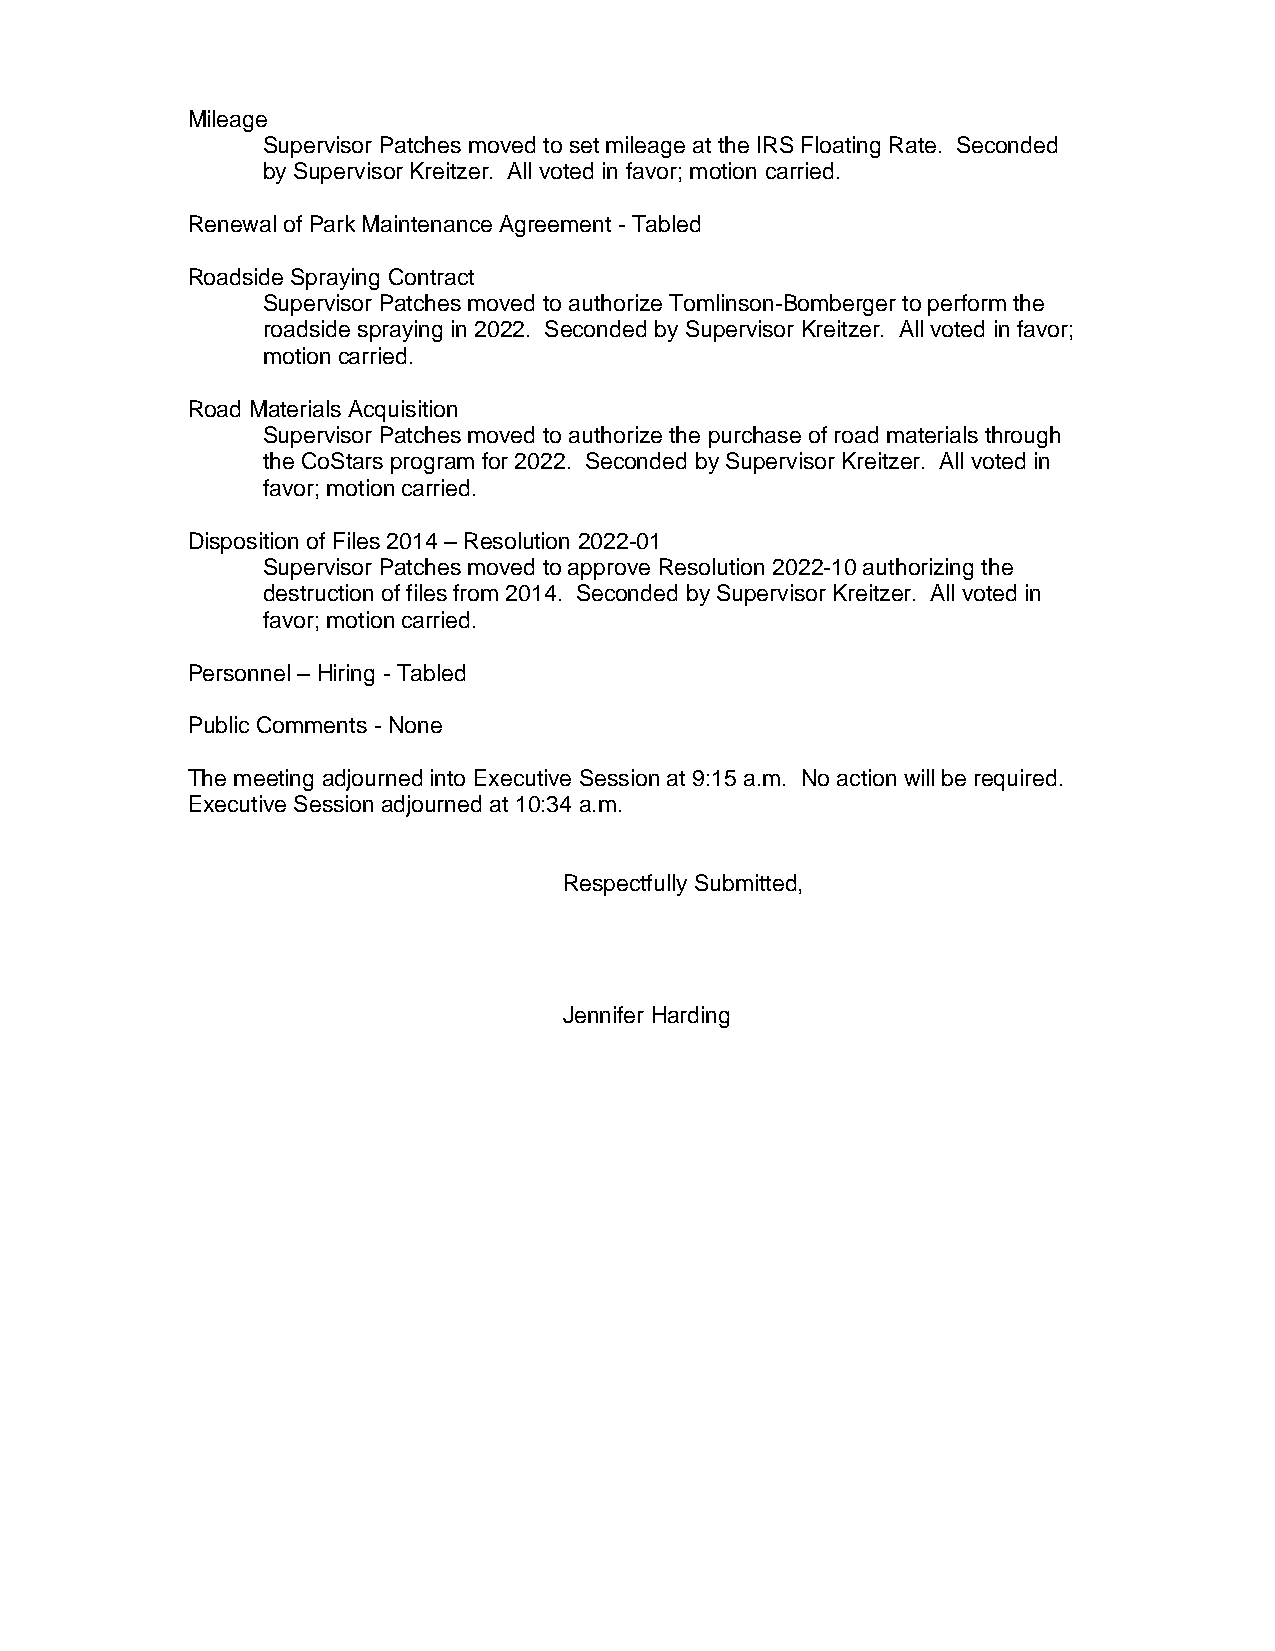
Mileage
 Supervisor Patches moved to set mileage at the IRS Floating Rate. Seconded
 by Supervisor Kreitzer. All voted in favor; motion carried.
 Renewal of Park Maintenance Agreement - Tabled
 Roadside Spraying Contract
 Supervisor Patches moved to authorize Tomlinson-Bomberger to perform the
 roadside spraying in 2022. Seconded by Supervisor Kreitzer. All voted in favor;
 motion carried.
 Road Materials Acquisition
 Supervisor Patches moved to authorize the purchase of road materials through
 the CoStars program for 2022. Seconded by Supervisor Kreitzer. All voted in
 favor; motion carried.
 Disposition of Files 2014 – Resolution 2022-01
 Supervisor Patches moved to approve Resolution 2022-10 authorizing the
 destruction of files from 2014. Seconded by Supervisor Kreitzer. All voted in
 favor; motion carried.
 Personnel – Hiring - Tabled
 Public Comments - None
 The meeting adjourned into Executive Session at 9:15 a.m. No action will be required.
 Executive Session adjourned at 10:34 a.m.
 Respectfully Submitted,
 Jennifer Harding